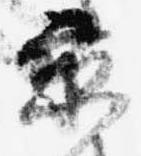
京